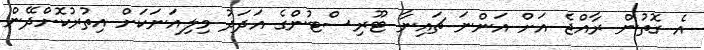
އެ ގޮތުން ރާއްޖެ އަށް އަންނަ ޗައިނާ ޓޫރިސްޓުންގެ އަދަދު މިލިއަނަކަށް އިތުރުކޮށްދޭން